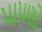
પાપણો